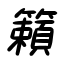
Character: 籟